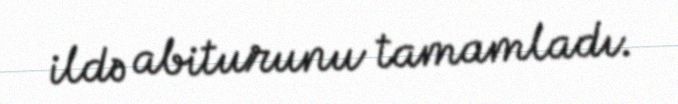
ildə abiturunu tamamladı.